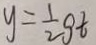
y = \frac { 1 } { 2 } g t